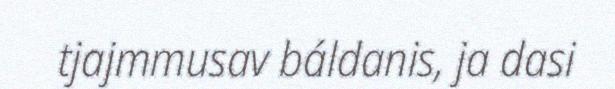
tjajmmusav báldanis, ja dasi